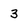
Character: 3